Annual report on the lock hospitals of the Madras Presidency
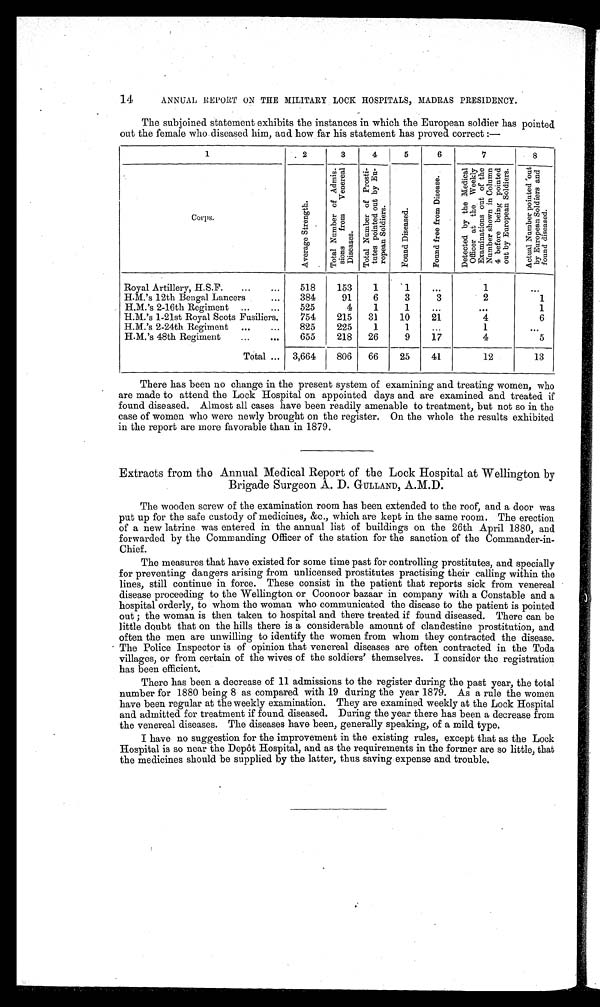
14
ANNUAL REPORT ON THE MILITARY LOCK HOSPITALS, MADRAS PRESIDENCY.
The subjoined statement exhibits the instances in which the European soldier has pointed
out the female who diseased him, and how far his statement has proved correct:—
1
. 2
3
4
5
6
7
8
Corps.
A v e r a g e s t r e n g t h
T o t a l N u m b e r o f A d m i s s i o n s f r o m v e n e r e a l d i s e a s e s
T o t a l n u m b e r o f P r o s t i t u t e s p o i n t e d o u t b y E u r o p e a n s o l d i e r s
F o u n d D i s e a s e d
F o u n d f r e e f r o m D i s e a s e
D e t e c t e d b y t h e M e d i c a l o f f i c e r a t t h e W e e k l y E x a m i n a t i o n s o u t b y N u m b e r s h o w n i n c o l u m n 4 b e r f o r e b e i n g p o i n t e d o u t o f t h e E u r o p e a n S o l d i e r s
A c t u a l N u m b e r p o i n t e d o u t b y E u r o p e a n S o l d i e r s a n d f o u n d d i s e a s e d
.
Royal Artillery, H.S.F.
...
...
518
153
1
' 1
. . .
1
. . .
H M 's 12th Bengal Lancers
. . .
384
91
6
3
3
2
1
H M.'s 2-16th Regiment ...
...
525
4
1
1
...
. . . 1
H.M.'s 1-21st Royal Scots Fusiliers.
754
215 31
10
21
4
6
H.M.'s 2-24th Regiment ...
...
825
225
1
1
...
1
. . .
H.M.'s 48th Regiment
...
...
655
218 26
9
17
4
5
Total ... 3,664
806 66
25
41
12
13
There has been no change in the present system of examining and treating women, who
are made to attend the Lock Hospital on appointed days and are examined and treated if
found diseased. Almost all cases have been readily amenable to treatment, but not so in the
case of women who were newly brought on the register. On the whole the results exhibited
in the report are more favorable than in 1879.
Extracts from the Annual Medical Report of the Lock Hospital at Wellington by
Brigade Surgeon A. D. GULLAND, A.M.D.
The wooden screw of the examination room has been extended to the roof, and a door was
put up for the safe custody of medicines, &c., which are kept in the same room. The erection
of a new latrine was entered in the annual list of buildings on the 26th April 1880, and
forwarded by the Commanding Officer of the station for the sanction of the Commander-in-
Chief.
The measures that have existed for some time past for controlling prostitutes, and specially
for preventing dangers arising from unlicensed prostitutes practising their calling within the
lines, still continue in force. These consist in the patient that reports sick from venereal
disease proceeding to the Wellington or Coonoor bazaar in company with a Constable and a
hospital orderly, to whom the woman who communicated the disease to the patient is pointed
out; the woman is then taken to hospital and there treated if found diseased. There can be
little doubt that on the hills there is a considerable amount of clandestine prostitution, and
often the men are unwilling to identify the women from whom they contracted the disease.
The Police Inspector is of opinion that venereal diseases are often contracted in the Toda
villages, or from certain of the wives of the soldiers' themselves. I consider the registration
has been efficient.
There has been a decrease of 11 admissions to the register during the past year, the total
number for 1880 being 8 as compared with 19 during the year 1879. As a rule the women
have been regular at the weekly examination. They are examined weekly at the Lock Hospital
and admitted for treatment if found diseased. During the year there has been a decrease from
the venereal diseases. The diseases have been, generally speaking, of a mild type.
I have no suggestion for the improvement in the existing rules, except that as the LockDepot
Hospital is so near the Depôt Hospital, and as the requirements in the former are so little, that
the medicines should be supplied by the latter, thus saving expense and trouble.